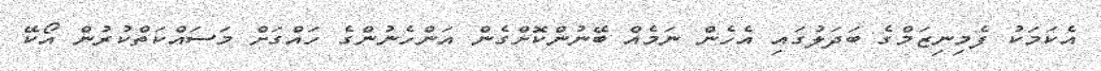
އެކަމަކު ފެމިނިޒަމްގެ ބަދަލުގައި އެހެން ނަމެއް ބޭނުންކޮށްގެން އަންހެނުންގެ ހައްގަށް މަސައްކަތްކުރުން އޯކޭ